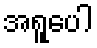
အရူပေါ